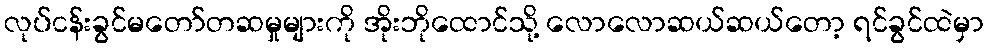
လုပ်ငန်းခွင်မတော်တဆမှုများကို အိုးဘိုထောင်သို့ လောလောဆယ်ဆယ်တော့ ရင်ခွင်ထဲမှာ